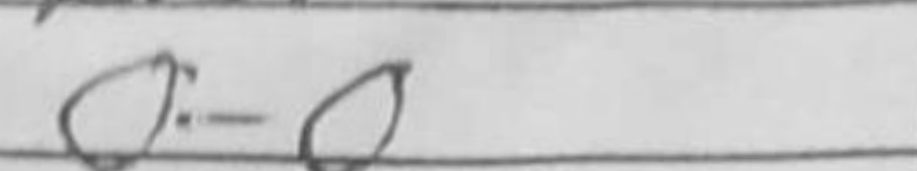
Transcription: O-O